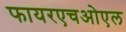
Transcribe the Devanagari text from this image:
फायरएचओएल